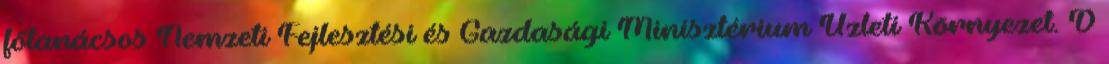
főtanácsos Nemzeti Fejlesztési és Gazdasági Minisztérium Üzleti Környezet. D